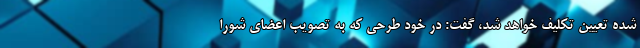
شده تعیین تکلیف خواهد شد، گفت: در خود طرحی که به تصویب اعضای شورا